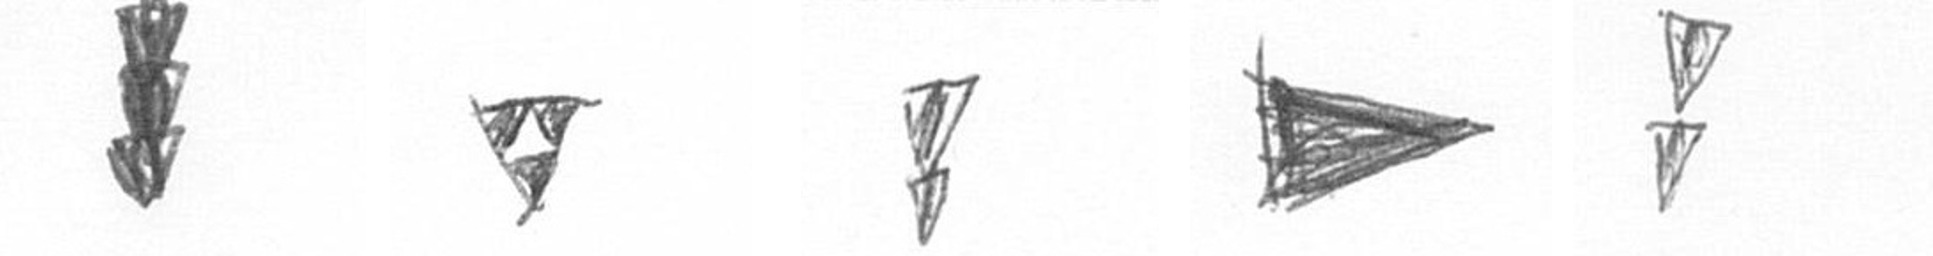
E S Z T Z